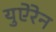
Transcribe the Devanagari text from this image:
युऐरेन